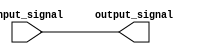
module non_inverting_buf(
    input wire input_signal,
    output reg output_signal
);

assign output_signal = input_signal;

endmodule